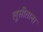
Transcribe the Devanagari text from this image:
लूसीताना